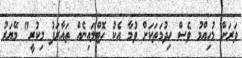
ވަރަށް މުހިއްމު ވެސް ހިދުމަތަކަށް ވުމާ އެކު ހޮޓްލައިނެއް ތައާރަފު މިކުރީ" މޭޔަރު